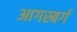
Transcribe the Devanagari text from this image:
आगस्बर्ग